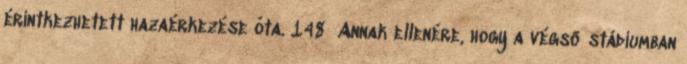
érintkezhetett hazaérkezése óta. 148 Annak ellenére, hogy a végső stádiumban